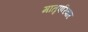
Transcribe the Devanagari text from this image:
मातृपरिवार